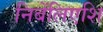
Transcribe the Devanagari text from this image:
निबेंलिएशि